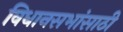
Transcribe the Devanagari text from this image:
विधानसभांसाठी